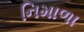
નિમાળા